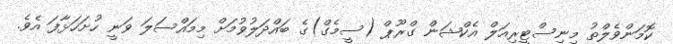
ކޮމަންވެލްތު މިނިސްޓީރިއަލް އެކްޝަން ގްރޫޕް (ސީމެގް)ގެ ބައްދަލުވުމަށް މިމައްސަލަ ވަނީ ހުށަހަޅާފަ އެވެ.